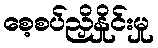
စေ့စပ်ညှိနှိုင်းမှု